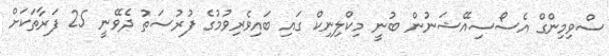
ސްވިމިންގް އެސޯސިއޭޝަނުން ބުނީ މިކްލިނިކް ގައި ބައިވެރިވުމުގެ ފުރުސަތު ދެވޭނީ 25 ފަރާތަކަށް